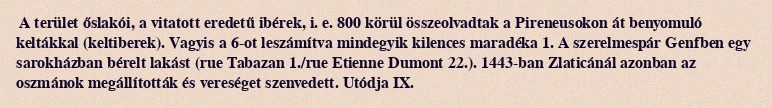
A terület őslakói, a vitatott eredetű ibérek, i. e. 800 körül összeolvadtak a Pireneusokon át benyomuló keltákkal (keltiberek). Vagyis a 6-ot leszámítva mindegyik kilences maradéka 1. A szerelmespár Genfben egy sarokházban bérelt lakást (rue Tabazan 1./rue Etienne Dumont 22.). 1443-ban Zlaticánál azonban az oszmánok megállították és vereséget szenvedett. Utódja IX.